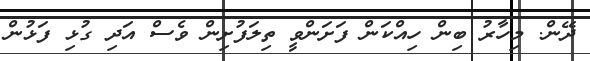
ދޭން. މިހާރު ބިން ހިއްކަން ފަށަންވީ ތިލަފުށިން ވެސް އަދި ގުޅި ފަޅުން